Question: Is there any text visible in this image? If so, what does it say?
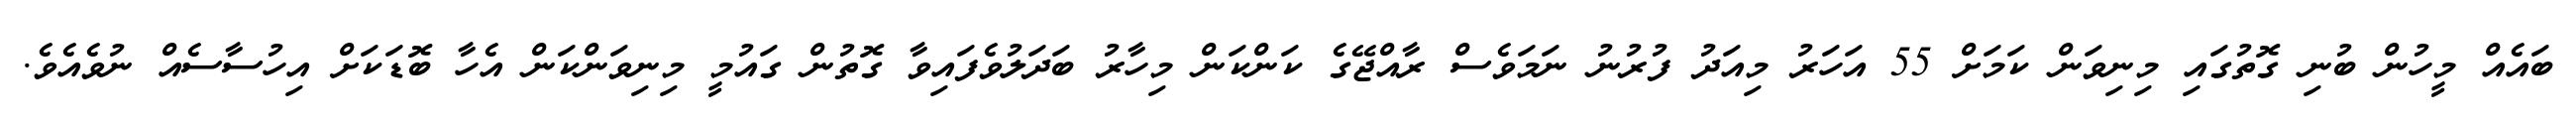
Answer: ބައެއް މީހުން ބުނި ގޮތުގައި މިނިވަން ކަމަށް 55 އަހަރު މިއަދު ފުރުނު ނަމަވެސް ރާއްޖޭގެ ކަންކަން މިހާރު ބަދަލުވެފައިވާ ގޮތުން ގައުމީ މިނިވަންކަން އެހާ ބޮޑަކަށް އިހުސާސެއް ނުވެއެވެ.